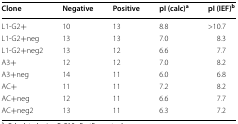
<table><thead><tr><td><b>Clone</b></td><td><b>Negative</b></td><td><b>Positive</b></td><td><b>pI (calc)<sup>a</sup></b></td><td><b>pI (IEF)<sup>b</sup></b></td></tr></thead><tbody><tr><td>L1-G2+</td><td>10</td><td>13</td><td>8.8</td><td>&gt;10.7</td></tr><tr><td>L1-G2+neg</td><td>13</td><td>13</td><td>7.0</td><td>8.3</td></tr><tr><td>L1-G2+neg2</td><td>13</td><td>12</td><td>6.6</td><td>7.7</td></tr><tr><td>A3+</td><td>12</td><td>12</td><td>7.0</td><td>8.2</td></tr><tr><td>A3+neg</td><td>14</td><td>11</td><td>6.0</td><td>6.8</td></tr><tr><td>AC+</td><td>11</td><td>11</td><td>7.2</td><td>8.2</td></tr><tr><td>AC+neg</td><td>12</td><td>11</td><td>6.6</td><td>7.7</td></tr><tr><td>AC+neg2</td><td>13</td><td>11</td><td>6.3</td><td>7.2</td></tr></tbody></table>